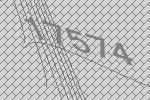
17574